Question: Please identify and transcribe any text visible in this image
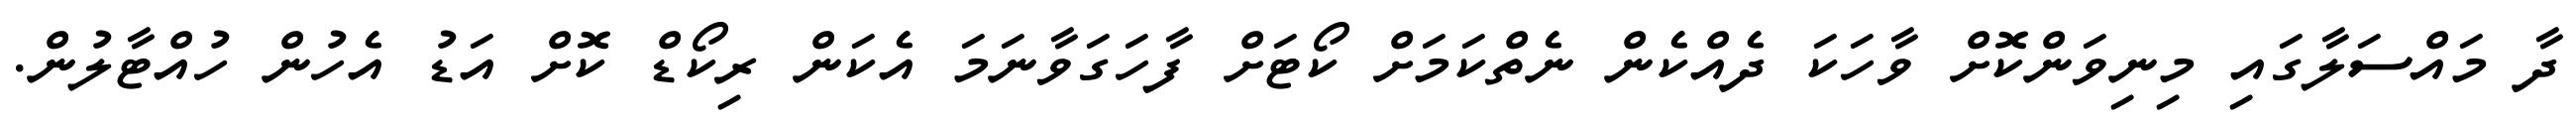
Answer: ދާ މައްސަލާގައި މިނިވަންކޮށް ވާހަކަ ދެއްކެން ނެތްކަމަށް ކޯޓަށް ފާހަގަވާނަމަ އެކަން ރިކޯޑް ކޮށް އަޑު އެހުން ހުއްޓާލުން.